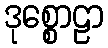
ဒုစ္စောဠာ